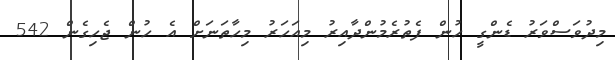
މިދުވަސްވަރު ޑެންގީ ހުން ފެތުރެމުންދާއިރު މިއަހަރު މިހާތަނަށް އެ ހުން ޖެހިގެން 542